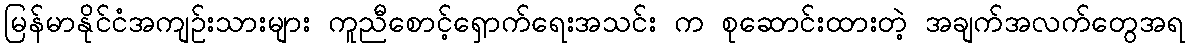
မြန်မာနိုင်ငံအကျဥ်းသားများ ကူညီစောင့်ရှောက်ရေးအသင်း က စုဆောင်းထားတဲ့ အချက်အလက်တွေအရ